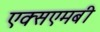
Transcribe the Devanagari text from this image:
एक्सएमबी